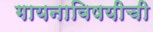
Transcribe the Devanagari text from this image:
गायनाविषयीची